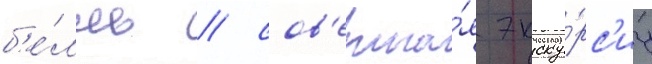
б'е́лль / сов'ерша́я экску́рс'иу